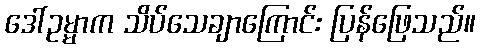
ဒေါ်ဥမ္မာက သိပ်သေချာကြောင်း ပြန်ဖြေသည်။